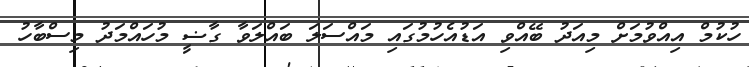
ހުކުމް އިއްވުމަށް މިއަދު ބޭއްވި އަޑުއެހުމުގައި މައްސަލަ ބައްލަވާ ގާޟީ މުހައްމަދު މިސްބާހު